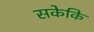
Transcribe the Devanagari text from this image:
सकेकि